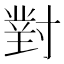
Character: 對